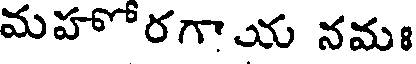
మహోరగాయ నమః